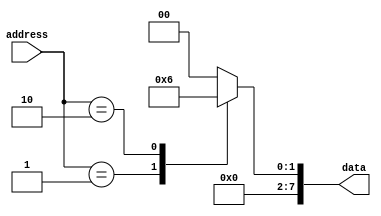
module ROM(
    input [7:0] address,
    output reg [7:0] data
);

always @*
begin
    case(address)
        0: data = 8'b00000000; // Data value stored at address 0
        1: data = 8'b00000001; // Data value stored at address 1
        2: data = 8'b00000010; // Data value stored at address 2
        // Add more cases for additional memory blocks
        default: data = 8'b00000000; // Default case for addresses not mapped
    endcase
end

endmodule